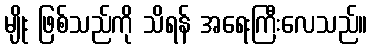
မျိုး ဖြစ်သည်ကို သိရန် အရေးကြီးလေသည်။